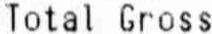
TOTAL GROSS